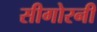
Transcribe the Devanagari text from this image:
सीगोरनी